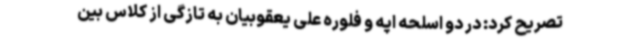
تصریح کرد: در دو اسلحه اپه و فلوره علی یعقوبیان به تازگی از کلاس بین